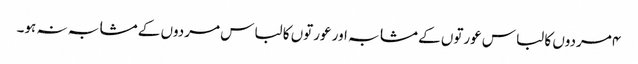
۴مردوں کا لباس عورتوں کے مشابہ اور عورتوں کا لباس مردوں کے مشابہ نہ ہو۔